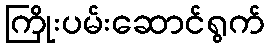
ကြိုးပမ်းဆောင်ရွက်